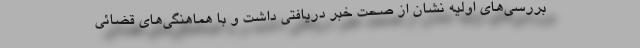
بررسی‌های اولیه نشان از صحت خبر دریافتی داشت و با هماهنگی‌های قضائی